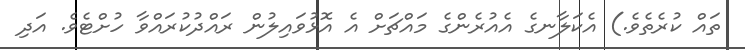
ތައް ކުރެތެވެ.) އެކަލާނގެ އެއުރެންގެ މައްޗަށް އެ އޮޅުވައިލުން ރައްދުކުރައްވާ ހުށްޓެވެ. އަދި